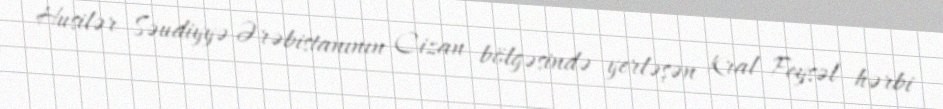
Husilər Səudiyyə Ərəbistanının Cizan bölgəsində yerləşən Kral Feysəl hərbi